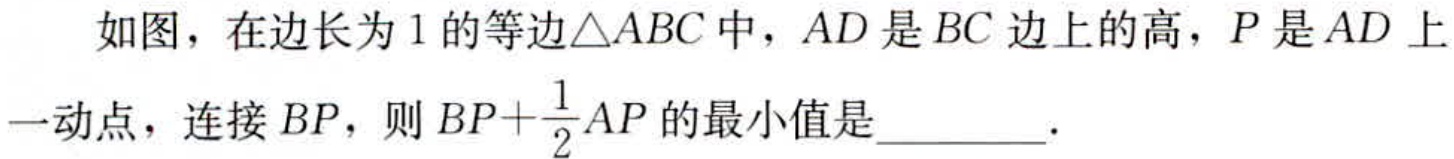
如图，在边长为1的等边$\triangle ABC$中，$AD$是$BC$边上的高，$P$是$AD$上一动点，连接$BP$，则$BP+\frac{1}{2}AP$的最小值是  .